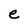
Character: e